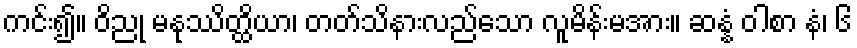
ကင်း၍။ ဝိညု မနုဿိတ္ထိယာ၊ တတ်သိနားလည်သော လူမိန်းမအား။ ဆန္နံ ဝါစာ နံ၊ ၆